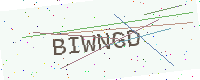
Text: BIWNGD